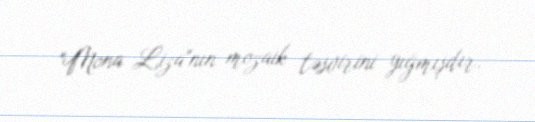
"Mona Liza"nın mozaik təsvirini yığmışdır.